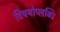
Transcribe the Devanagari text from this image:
विषयोप्लब्धि